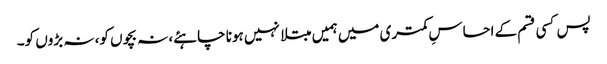
پس کسی قسم کے احساسِ کمتری میں ہمیں مبتلا نہیں ہونا چاہئے، نہ بچوں کو، نہ بڑوں کو۔